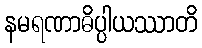
နမရဏာဓိပ္ပါယဿာတိ